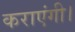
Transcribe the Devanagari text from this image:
कराएंगी।